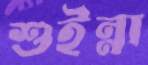
শুইন্না